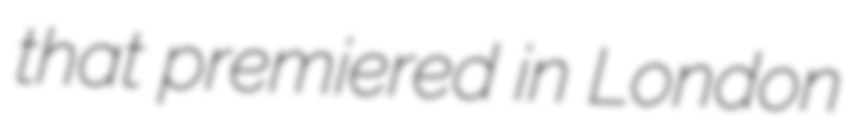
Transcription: that premiered in London